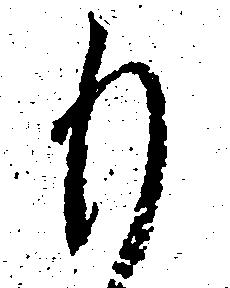
も